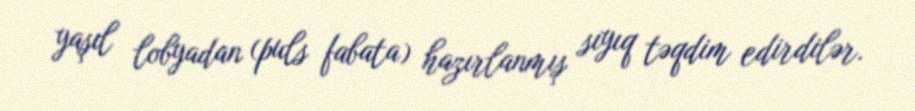
yaşıl lobyadan (puls fabata) hazırlanmış sıyıq təqdim edirdilər.